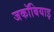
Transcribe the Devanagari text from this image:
जकॉबियाइ